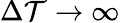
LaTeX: \Delta\mathcal{T}\to\infty